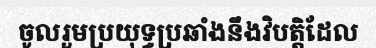
ចូលរួមប្រយុទ្ធប្រឆាំងនឹងវិបត្តិដែល